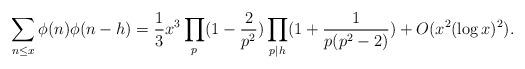
LaTeX: \begin{align*} \sum_{n\le x}\phi(n)\phi(n-h)=\frac{1}{3}x^3\prod_p(1-\frac{2}{p^2})\prod_{p\mid h}(1+\frac{1}{p(p^2-2)})+O(x^2(\log x)^2). \end{align*}